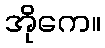
အိုကေ။